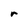
Character: r